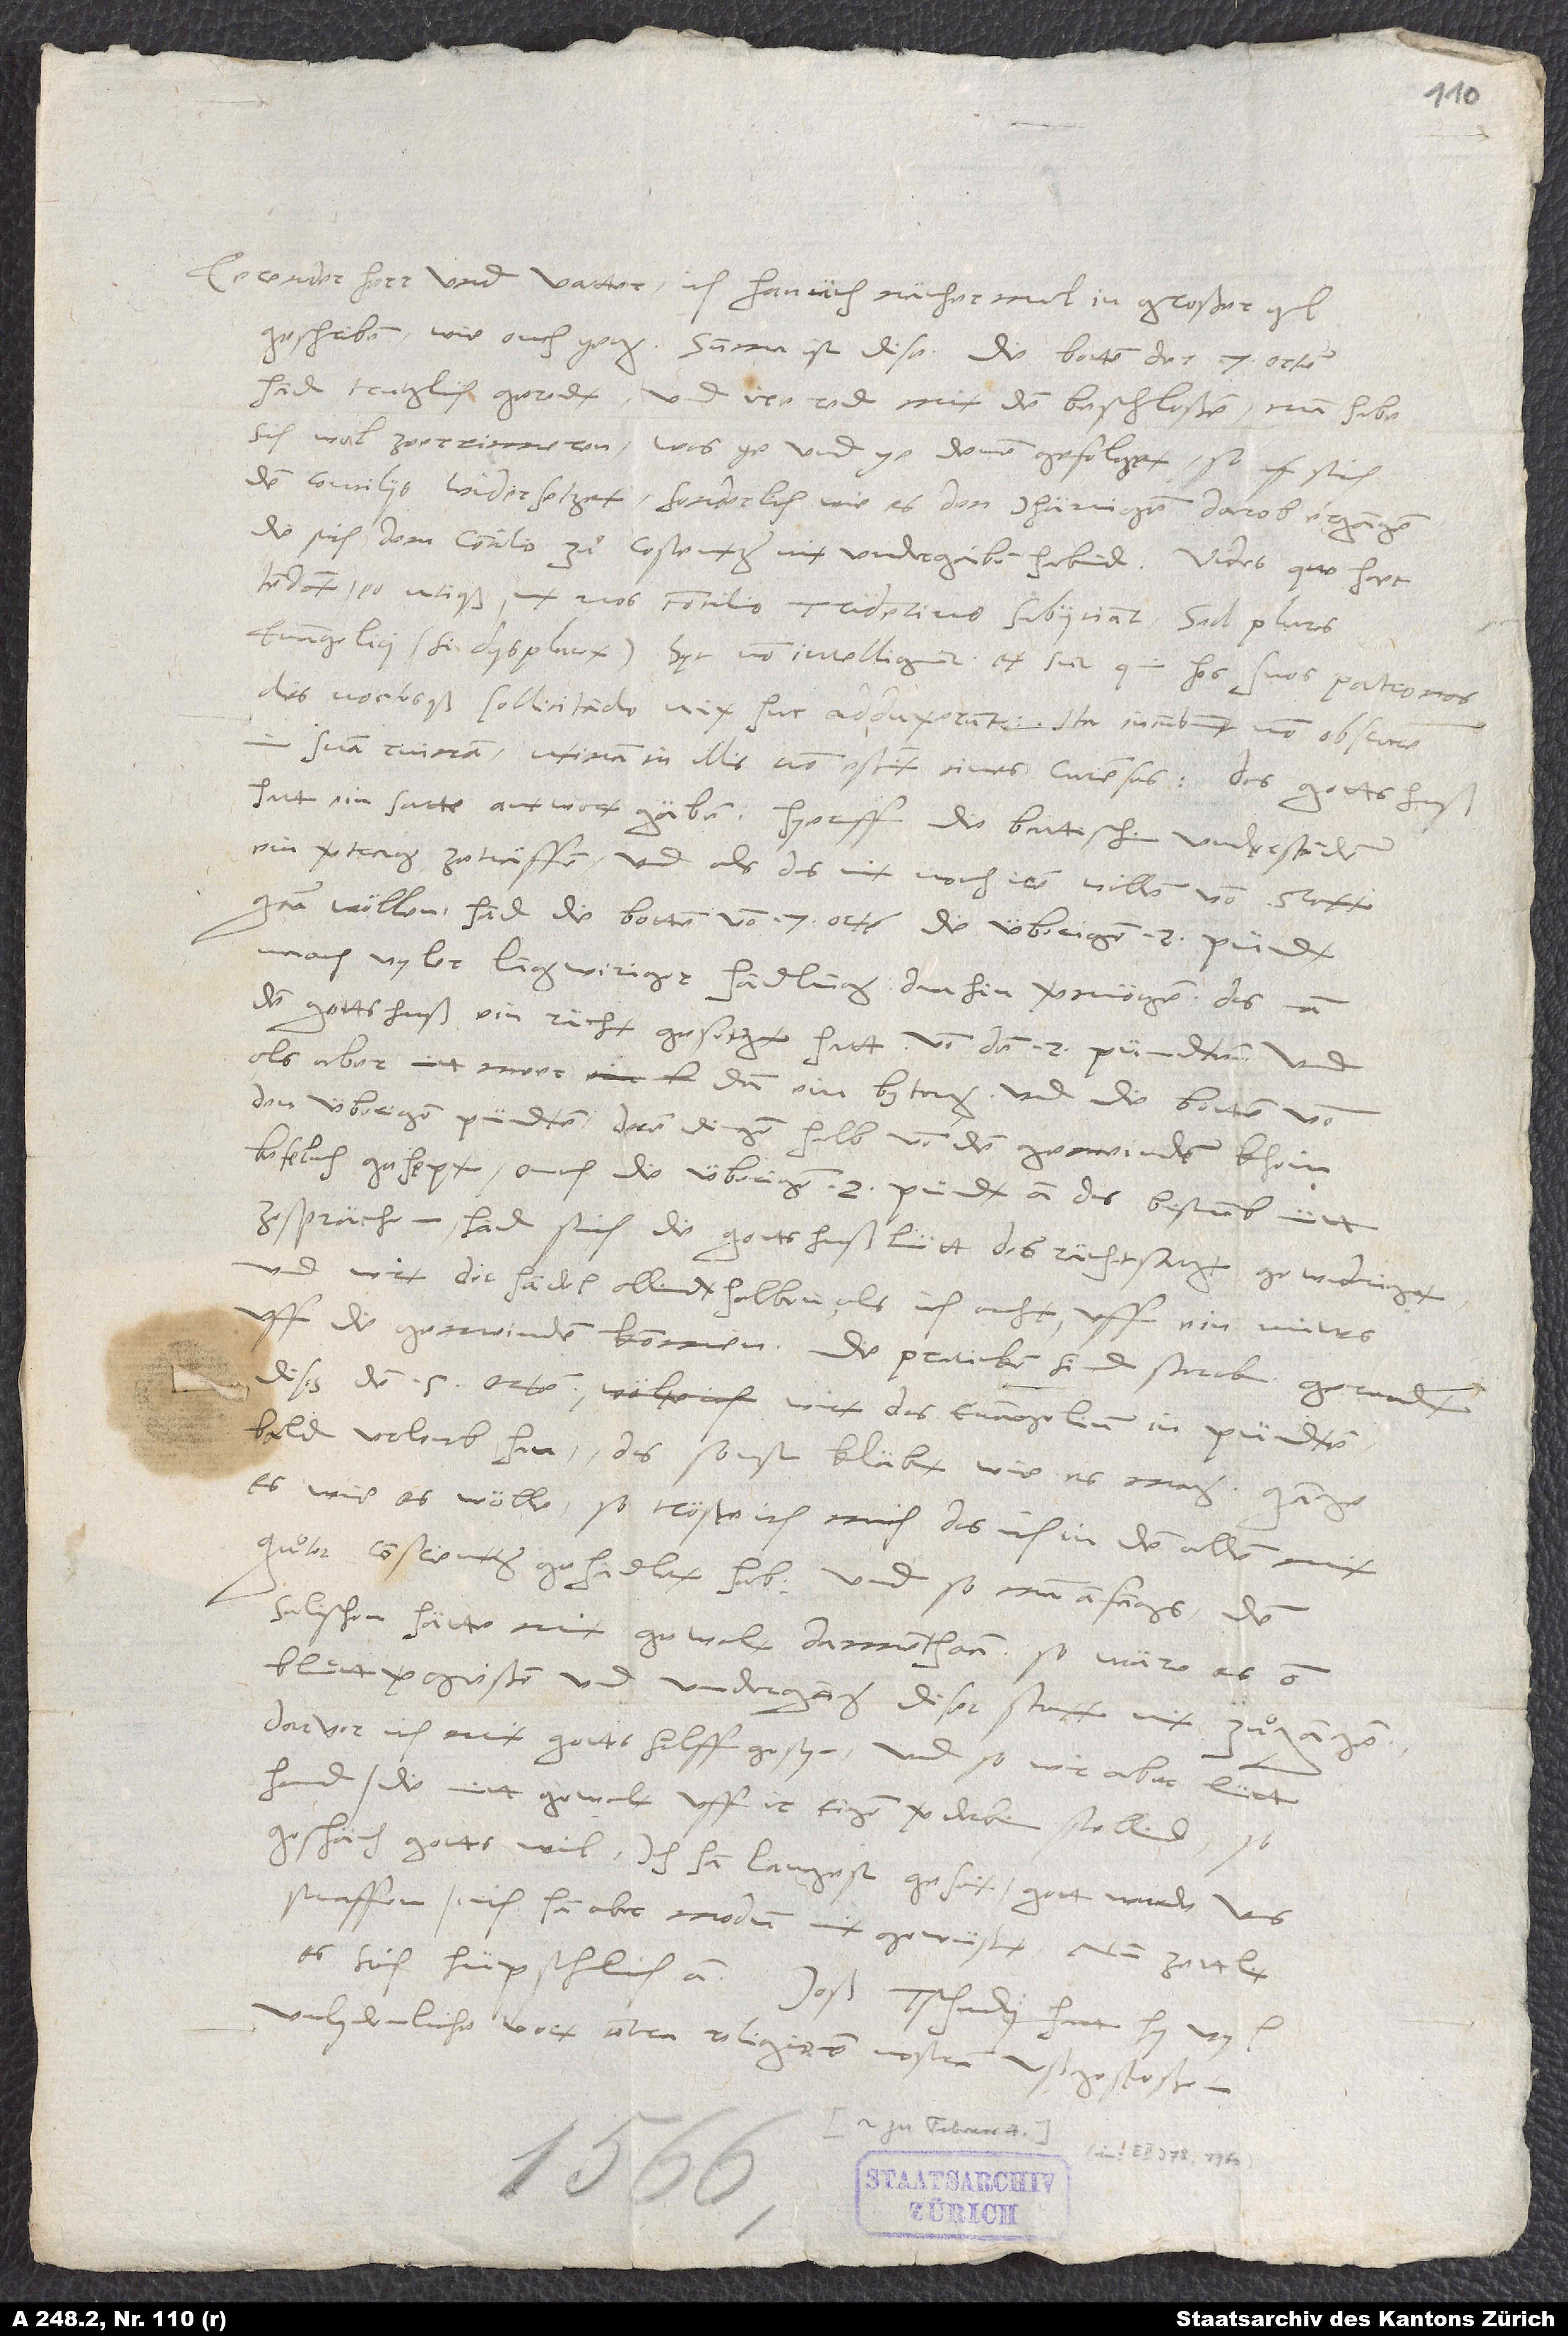
Eerender herr und vatter, ich han üch nächermal in großer yl
geschriben, wie ouch yetz. Summa ist dise: Die botten der 7 Orten
hand trutzlich geredt und ire red mit dem beschloßen: man habe
sich wol ze erinneren, was ye und ye denen gefolget, so sich
den conciliis widersetzet, sonderlich wie es denjhänigen darob ergangen,
die sich dem concilio zuͦ Costentz nit undergäben habind. Vides, quo haec
eo utique, ut nos concilio Tridentino subiiciant. Sed plures
evangelici (si diis placet) haec non intelligunt, et sunt, qui hos suos patronos
dies noctesque sollicitando vix huc adduxerunt; ita incumbunt non obscure
hatt ein satte antwort gäben. Hyeruff die Battischen understanden,
ein vertrag ze träffen, und als das nit noch irem willen von statt
wöllen, hand die botten von 7 Orten die überigen 2 Pündt
naach vyler langwiriger handlung daahin vermögen, das man
dem Gottshuß ein rächt gesetzt hatt von den 2 Pündten. Und
als aber nitt meer dan ein bytag und die botten von
den überigen Pündten deren dingen halben von den gemeinden khein
befelch gehept, ouch die überigen 2 Pündt an das bistumb nütt
ze sprächen, hand sich die Gottshußlütt des rächtsatzt gewidriget,
und wirt der handel allendthalben, als ich acht, uff ein nüws
uff die gemeinden kommen. Die praticken sind starck. Geraadt
diß den 5 Orten, wirt das evangelium in Pündten
bald urloub han, das sonst kläbet, wie es mag. Gange
es, wie es wölle, so tröste ich mich, das ich in dem allem mit
guͦter conscientz gehandlet hab. Und so man anfangs den
Salischen hätte mit gewalt dannen thaan, so wäre es on
bluͦttvergießen und undergang diser statt nit zuͦgangen,
darvor ich mit gotts hilff gesyn. Und so wir aber lütt
hand, die mitt gewalt uff ir eigen verderben stellend, so
geschäch gotts wil. Ich han langest geseit, gott werde uns
straaffen; ich han aber modum nit gewüßet. Nun zettlet
es sich hüpschlich an. Joß Tschudi hatt hy vyl
unlydenliche wort contra religionem nostram ußgestoßen.
1566.